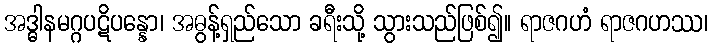
အဒ္ဓါနမဂ္ဂပဋိပန္နော၊ အဓွန့်ရှည်သော ခရီးသို့ သွားသည်ဖြစ်၍။ ရာဇဂဟံ ရာဇဂဟဿ၊